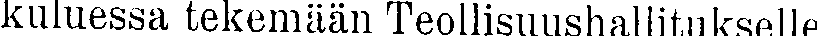
kuluessa tekemään Teollisuushallitukselle